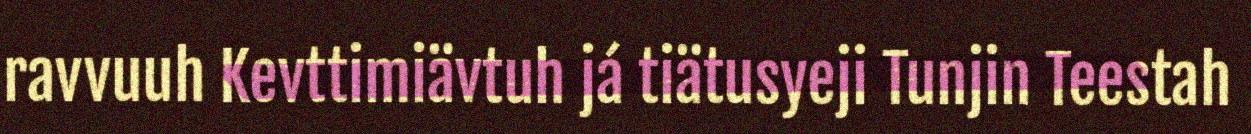
ravvuuh Kevttimiävtuh já tiätusyeji Tunjin Teestah